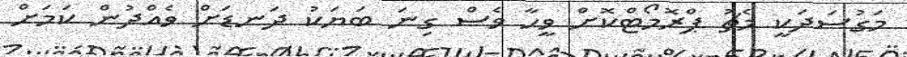
މަގުސަދަކީ މެޗު ޕްރޮމޯޓްކޮށް ވީހާ ވެސް ގިނަ ބަޔަކު ދަނޑަށް ވެއްދުން ކަމަށް